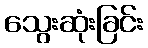
သွေးဆုံးခြင်း